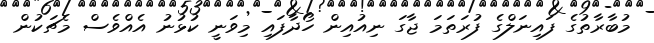
މުބާރާތުގެ ފައިނަލްގެ ފުރަތަމަ ޖާގަ ނިއުއިން ހޯދާފައި މިވަނީ ކުޅުނު އެއްވެސް މެޗަކުން